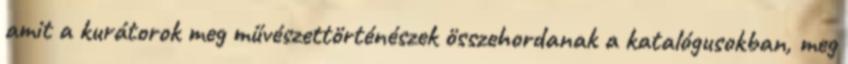
amit a kurátorok meg művészettörténészek összehordanak a katalógusokban, meg